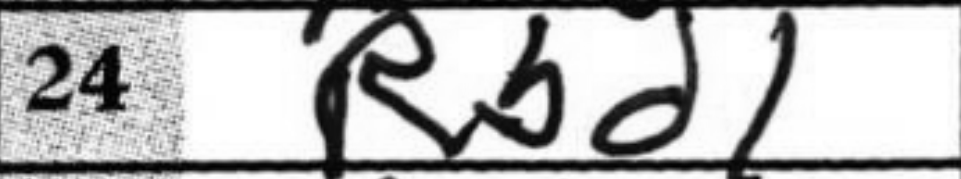
Transcription: Rbd1